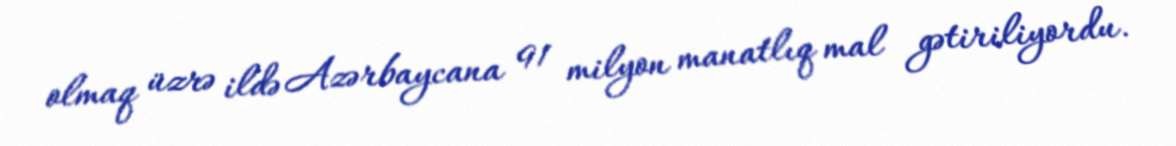
olmaq üzrə ildə Azərbaycana 91 milyon manatlıq mal gətiriliyordu.